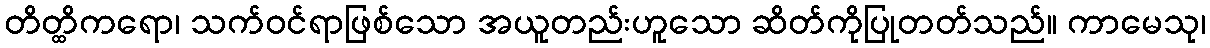
တိတ္ထိကရော၊ သက်ဝင်ရာဖြစ်သော အယူတည်းဟူသော ဆိတ်ကိုပြုတတ်သည်။ ကာမေသု၊